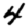
Digit: 4